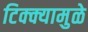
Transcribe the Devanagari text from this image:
टिक्क्यामुळे